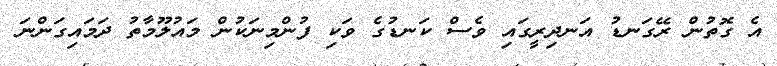
އެ ގޮތުން ރޭގަނޑު އަނދިރީގައި ވެސް ކަނޑުގެ ވަކި ފުންމިނަކުން މައުލޫމާތު ދަމައިގަންނަ